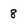
Character: 8